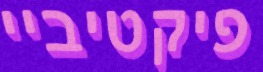
פיקטיביי